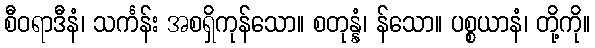
စီဝရာဒီနံ၊ သင်္ကန်း အစရှိကုန်သော။ စတုန္နံ၊ န်သော။ ပစ္စယာနံ၊ တို့ကို။